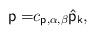
LaTeX: \begin{align*}\mathsf{p=}c_{\mathsf{p,}\alpha ,\beta }\mathsf{\hat{p}}_{\mathsf{k}},\end{align*}